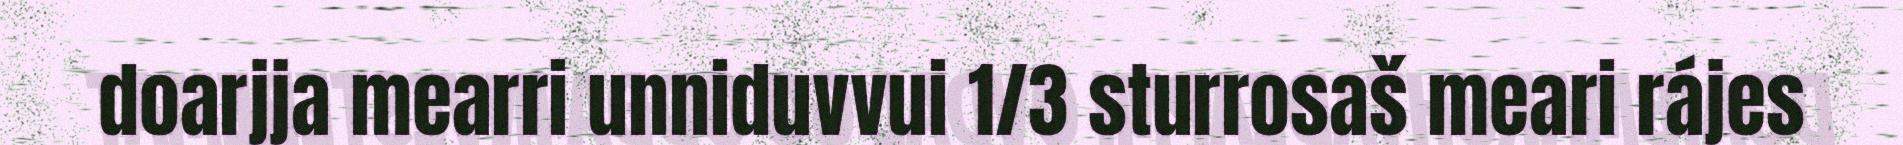
doarjja mearri unniduvvui 1/3 sturrosaš meari rájes